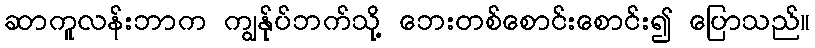
ဆာကူလန်းဘာက ကျွန်ုပ်ဘက်သို့ ဘေးတစ်စောင်းစောင်း၍ ပြောသည်။